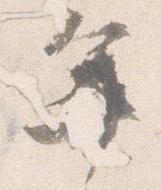
年